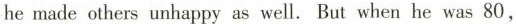
he made others unhappy as well. But when he was 80,